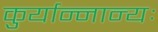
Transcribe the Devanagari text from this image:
कुर्यान्नान्यः